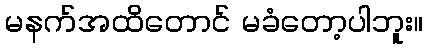
မနက်အထိတောင် မခံတော့ပါဘူး။